Vaccination in Bombay 1902-1912 - 1902-1912
Year: 1902
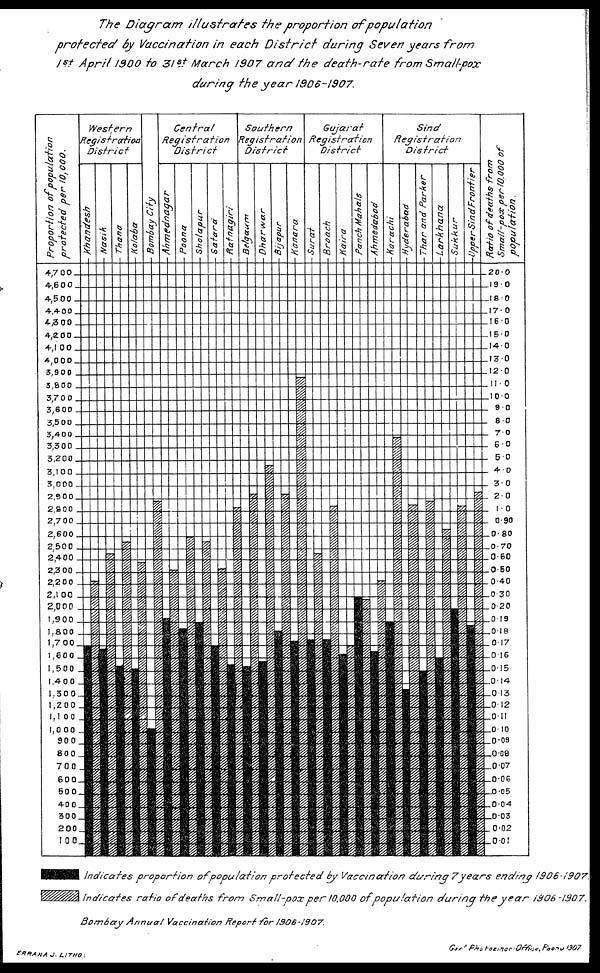
The Diagram illustrates the proportion of population
protected by Vaccination in each District during Seven years from
1 st April 1900 to 31 st March 1907 and the death-rate from Small-pox
during the year 1906-1907.
Bombay Annual Vaccination Report for 1906-1907.
ERRANA J.
LITHO:
Govt. Photozince Office, Poona 1907